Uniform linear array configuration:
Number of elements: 8
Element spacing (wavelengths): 0.5
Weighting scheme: blackman
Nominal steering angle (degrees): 30
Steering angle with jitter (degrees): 30.39
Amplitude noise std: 0.05
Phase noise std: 0.05

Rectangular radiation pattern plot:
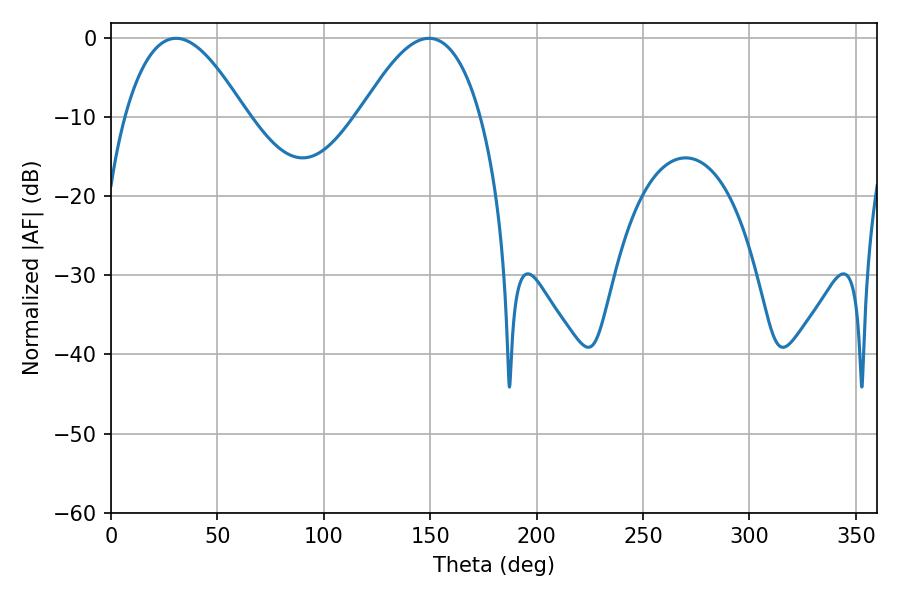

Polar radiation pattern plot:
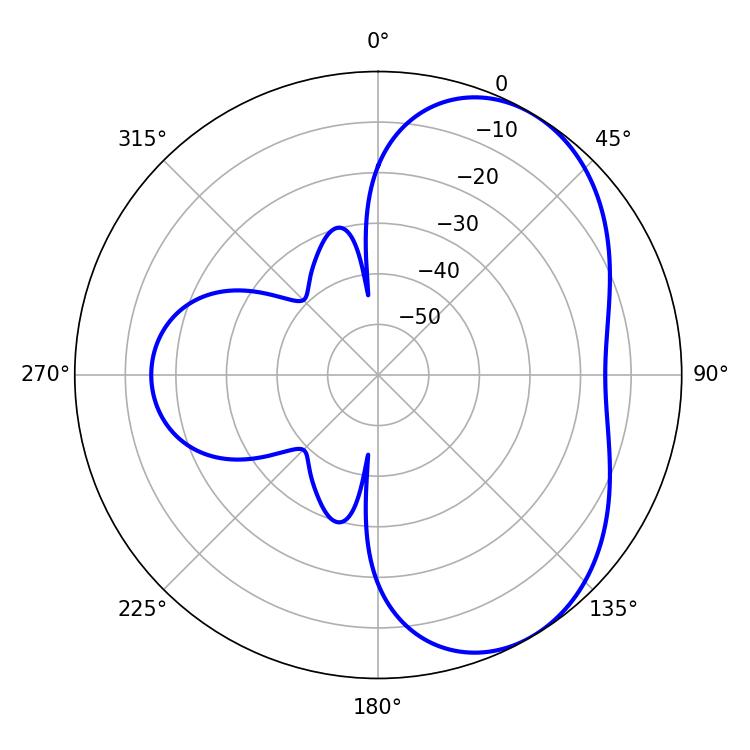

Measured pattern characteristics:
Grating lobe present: FALSE
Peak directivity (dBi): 4.973
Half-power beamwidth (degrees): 30.96
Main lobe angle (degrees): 30.6